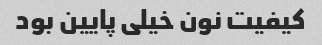
کیفیت نون خیلی پایین بود